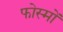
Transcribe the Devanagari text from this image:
फोस्मों